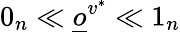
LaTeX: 0_{n}\ll\underline{o}^{v^{*}}\ll 1_{n}